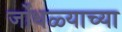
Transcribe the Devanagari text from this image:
जोंधळ्याच्या